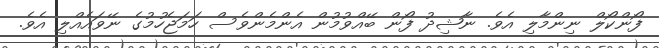
ފޯންކޯލް ނިންމާލި އެވެ. ނާޝިދު ފޯން ބޭއްވުމުން އެންމެންވެސް ހަމަޖެހުމުގެ ނޭވައެއްލި އެވެ.